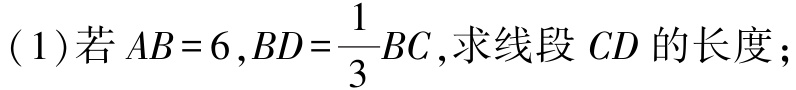
(1)若\(AB = 6,BD=\frac{1}{3}BC\),求线段\(CD\)的长度；